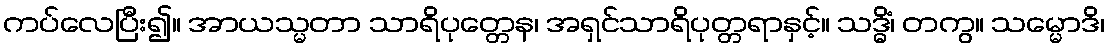
ကပ်လေပြီး၍။ အာယသ္မတာ သာရိပုတ္တေန၊ အရှင်သာရိပုတ္တရာနှင့်။ သဒ္ဓိံ၊ တကွ။ သမ္မောဒိ၊